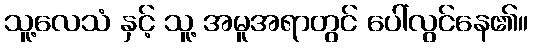
သူ့လေသံ နှင့် သူ့ အမူအရာတွင် ပေါ်လွင်နေ၏။